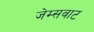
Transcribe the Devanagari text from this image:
जेम्सवाट